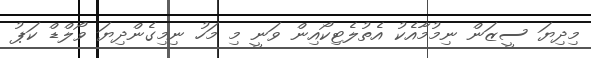
މިދިޔަ ސީޒަން ނިމުމާއެކު އެތުލެޓިކޯއިން ވަނީ މި މަހު ނިމިގެންދިޔަ ވޯލްޑް ކަޕު